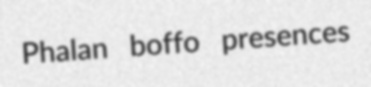
Phalan boffo presences